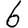
Digit: 6